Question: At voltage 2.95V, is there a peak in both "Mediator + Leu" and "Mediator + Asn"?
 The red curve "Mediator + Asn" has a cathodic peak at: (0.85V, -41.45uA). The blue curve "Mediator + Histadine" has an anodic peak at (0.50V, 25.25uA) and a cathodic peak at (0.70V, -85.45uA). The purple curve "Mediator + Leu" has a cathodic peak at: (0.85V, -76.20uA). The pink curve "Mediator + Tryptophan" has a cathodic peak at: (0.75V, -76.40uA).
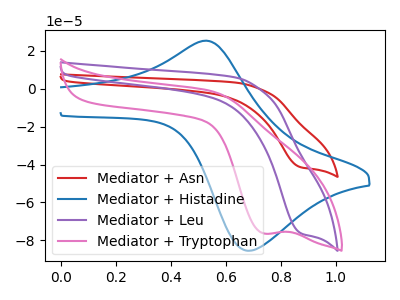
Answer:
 <answer>No, "Mediator + Leu" and "Mediator + Asn" dont share a peak at 2.95V.</answer>
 <eval>mismatch</eval>